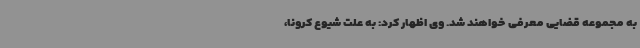
به مجموعه قضایی معرفی خواهند شد. وی اظهار کرد: به علت شیوع کرونا،